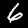
Label: 6